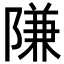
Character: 隒